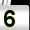
Digit: 5